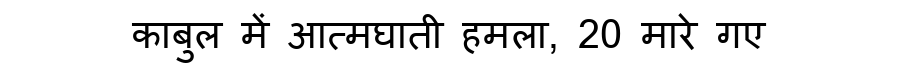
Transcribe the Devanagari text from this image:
काबुल में आत्मघाती हमला, 20 मारे गए